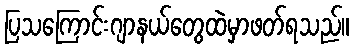
ပြသကြောင်းဂျာနယ်တွေထဲမှာဖတ်ရသည်။